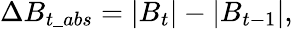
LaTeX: \Delta B_{t\_ abs}=\left|B_{t}\right|-\left|B_{t-1}\right|,